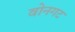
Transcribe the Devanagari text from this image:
वोनगट